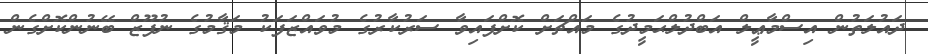
ދައުލަތުން އިސްމާޢީލް އަބްދުލްޙަމީދުގެ މައްޗަށް ކޮށްފައިވާ ސަރުކާރުގެ މުވައްޒަފަކު މަޤާމުގެ ނުފޫޒް ބޭނުންކޮށްގެން